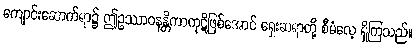
ကျောင်းဆောက်ရာ၌ ဤဥဿာဝနန္တိကာကုဋိဖြစ်အောင် ရှေးဆရာတို့ စီမံလေ့ ရှိကြသည်။